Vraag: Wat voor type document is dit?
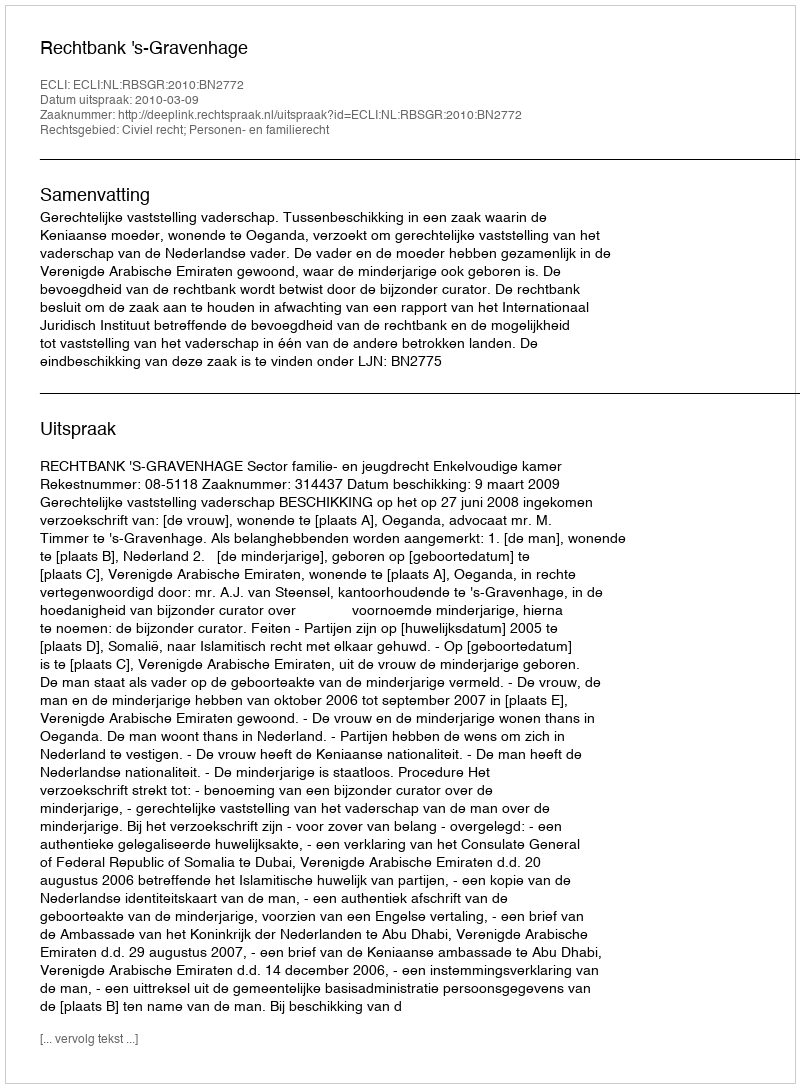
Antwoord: Uitspraak